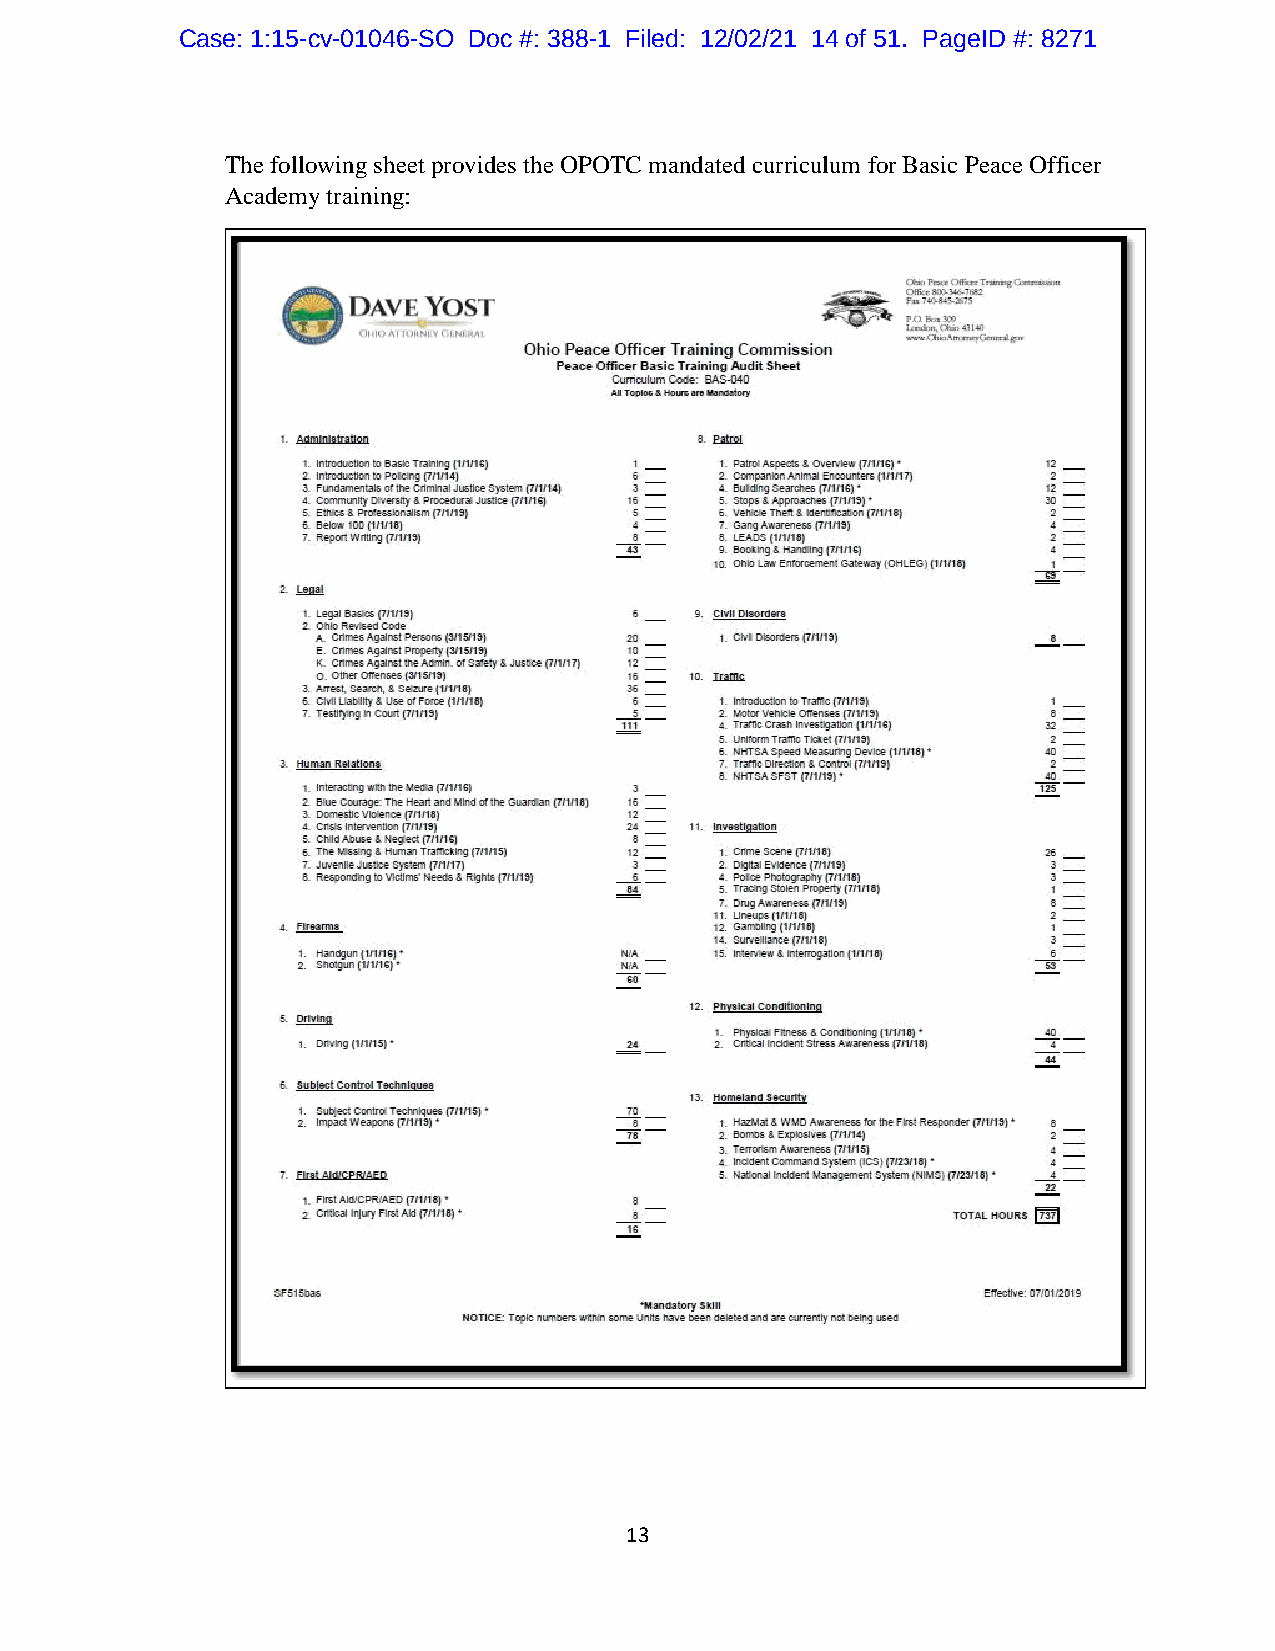
Case: 1:15-cv-01046-SO Doc #: 388-1 Filed: 12/02/21 14 of 51. PageID #: 8271
 The following sheet provides the OPOTC mandated curriculum for Basic Peace Officer
 Academy training:
 13